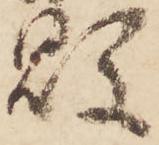
敗